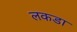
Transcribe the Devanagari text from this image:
लकडा